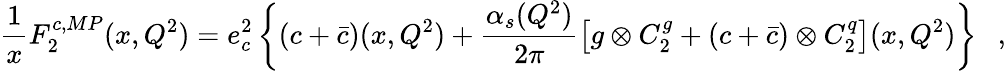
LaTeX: \frac{1}{x}F_{2}^{c,MP}(x,Q^{2})=e_{c}^{2}\left\{ \left(c+{\bar{c}}\right)(x,Q^{2})+\frac{\alpha_{s}(Q^{2})}{2\pi}\left[g\otimes C_{2}^{g}+\left(c+{\bar{c}}\right)\otimes C_{2}^{q}\right](x,Q^{2})\right\} \ \ \ ,